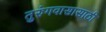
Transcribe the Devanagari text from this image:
तुरुंगवासासाठी